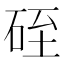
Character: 𥒓